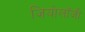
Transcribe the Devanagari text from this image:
जियोलाॅजी